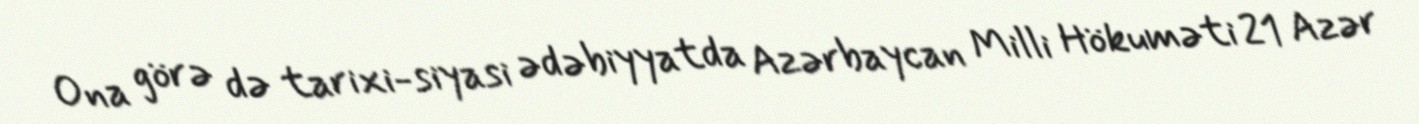
Ona görə də tarixi-siyasi ədəbiyyatda Azərbaycan Milli Hökuməti 21 Azər